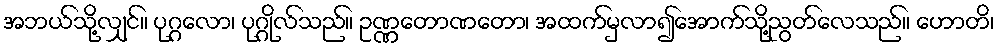
အဘယ်သို့လျှင်။ ပုဂ္ဂလော၊ ပုဂ္ဂိုလ်သည်။ ဥဏ္ဏတောဏတော၊ အထက်မှလာ၍အောက်သို့ညွတ်လေသည်။ ဟောတိ၊